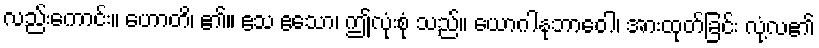
လည်းကောင်း။ ဟောတိ၊ ၏။ ဧသ ဧသော၊ ဤလုံးစုံ သည်။ ယောဂါနုဘာဝေါ၊ အားထုတ်ခြင်း လုံ့လ၏